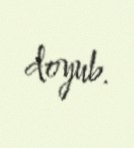
doyub.